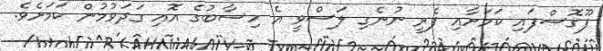
ފޫގޮސްފައި ކަމަށާއި ފެރީ ނުނެގި ލަސްވީ އެ ހިސާބުގެ އޮއި ގަދަވުމުން ކަމަށެވެ.